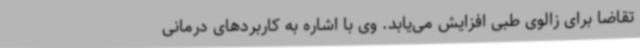
تقاضا برای زالوی طبی افزایش می‌یابد. وی با اشاره به کاربردهای درمانی